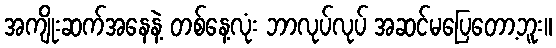
အကျိုးဆက်အနေနဲ့ တစ်နေ့လုံး ဘာလုပ်လုပ် အဆင်မပြေတော့ဘူး။